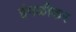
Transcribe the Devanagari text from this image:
इंगळीकर